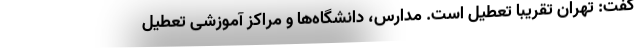
گفت: تهران تقریباً تعطیل است. مدارس، دانشگاه‌ها و مراکز آموزشی تعطیل